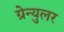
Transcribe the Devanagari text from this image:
ग्रेन्युलर